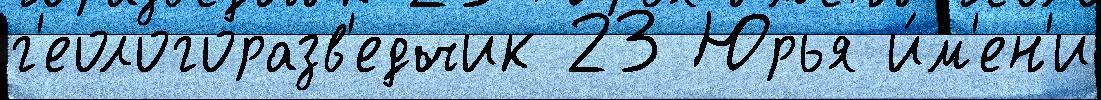
г'еологоразв'едчик 23 Юрья и́м'ен'и